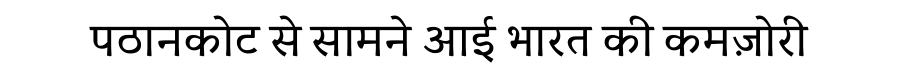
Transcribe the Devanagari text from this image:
पठानकोट से सामने आई भारत की कमज़ोरी